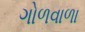
ગોળવાળા